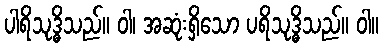
ပါရိသုဒ္ဓိသည်။ ဝါ၊ အဆုံးရှိသော ပရိသုဒ္ဓိသည်။ ဝါ။